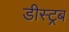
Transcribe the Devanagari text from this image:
डीस्ट्रब